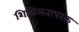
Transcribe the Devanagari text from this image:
शिथिलतापरक